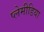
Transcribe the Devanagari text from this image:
प्लेमीडिया